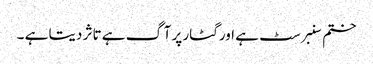
ختم سنبرسٹ ہے اور گٹار پر آگ ہے تاثر دیتا ہے ۔